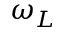
\omega _ { L }